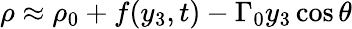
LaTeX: \rho\approx\rho_{0}+f(y_{3},t)-\Gamma_{0}y_{3}\cos\theta